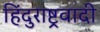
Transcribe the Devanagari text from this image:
हिंदुराष्ट्रवादी